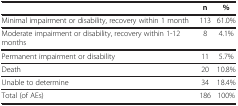
|  | n | % |
 | --- | --- | --- |
 | Minimal impairment or disability, recovery within 1 month | 113 | 61.0% |
 | Moderate impairment or disability, recovery within 1-12 months | 8 | 4.1% |
 | Permanent impairment or disability | 11 | 5.7% |
 | Death | 20 | 10.8% |
 | Unable to determine | 34 | 18.4% |
 | Total (of AEs) | 186 | 100% |